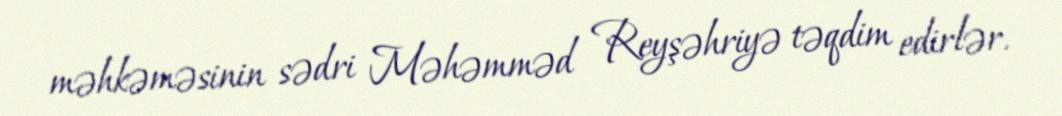
məhkəməsinin sədri Məhəmməd Reyşəhriyə təqdim edirlər.